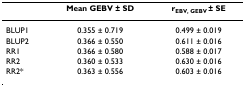
|  | Mean GEBV ± SD | rEBV, GEBV ± SE |
 | --- | --- | --- |
 | BLUP1 | 0.355 ± 0.719 | 0.499 ± 0.019 |
 | BLUP2 | 0.366 ± 0.550 | 0.611 ± 0.016 |
 | RR1 | 0.366 ± 0.580 | 0.588 ± 0.017 |
 | RR2 | 0.360 ± 0.533 | 0.630 ± 0.016 |
 | RR2* | 0.363 ± 0.556 | 0.603 ± 0.016 |